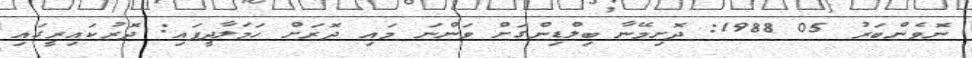
ނޮވެންބަރު 05 1988: ދޮށިމޭނާ ބިލްޑިންގަށް ވަންނަ މައި ދޮރަށް ހަމަލާދީފައި: ދޮރުކައިރީގައި